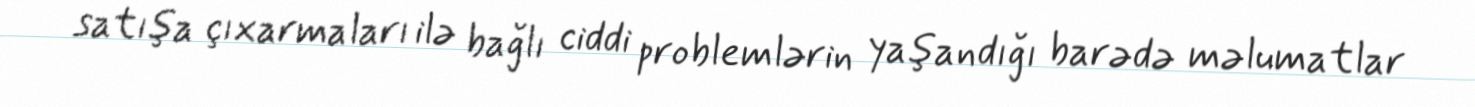
satışa çıxarmaları ilə bağlı ciddi problemlərin yaşandığı barədə məlumatlar